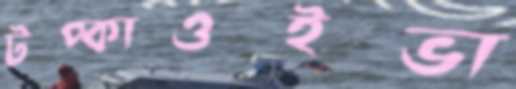
টপ্‌কাওইভা